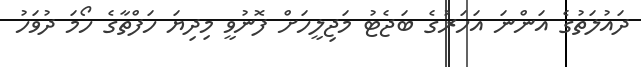
ދައުލަތުގެ އަންނަ އަހަރުގެ ބަޖެޓު މަޖިލީހަށް ފޮނުވީ މިދިޔަ ހަފްތާގެ ހޯމަ ދުވަހު